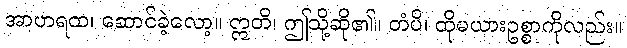
အာဟရထ၊ ဆောင်ခဲ့လော့။ ဣတိ၊ ဤသို့ဆို၏။ တံပိ၊ ထိုမယားဥစ္စာကိုလည်း။